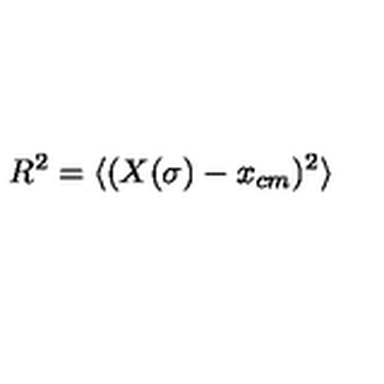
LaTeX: R ^ { 2 } = \langle ( X ( \sigma ) - x _ { c m } ) ^ { 2 } \rangle